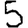
Digit: 5